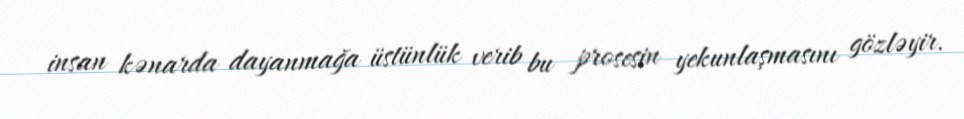
insan kənarda dayanmağa üstünlük verib bu prosesin yekunlaşmasını gözləyir.